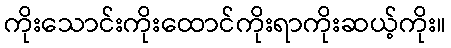
ကိုးသောင်းကိုးထောင်ကိုးရာကိုးဆယ့်ကိုး။